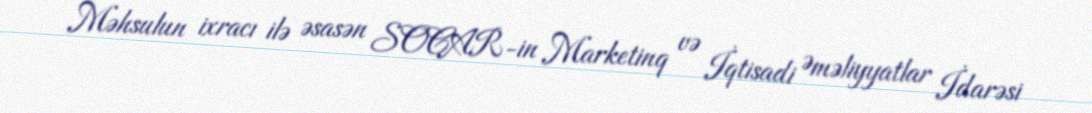
Məhsulun ixracı ilə əsasən SOCAR-in Marketinq və İqtisadi Əməliyyatlar İdarəsi